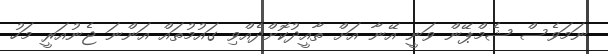
ނަމަވެސް ޝެމްޕޭން ވަނީ އޭނާ އަށް ތާއީދުކޮށްދެއްވި ގައުމުތައް އަންނަ ޖެނުއަރީ މަހު